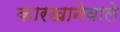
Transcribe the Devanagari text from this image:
कारखानेवाले